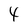
Character: 4